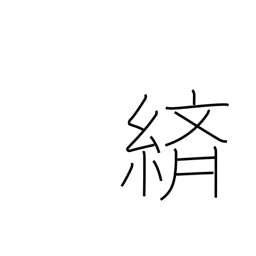
Meaning: splashed pattern dyeing or weaving